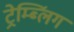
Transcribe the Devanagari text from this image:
ट्रेम्ब्लिंग